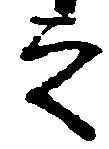
之